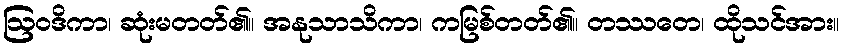
ဩဝဒိကာ၊ ဆုံးမတတ်၏။ အနုသာသိကာ၊ ကမြစ်တတ်၏။ တဿတေ၊ ထိုသင်အား။